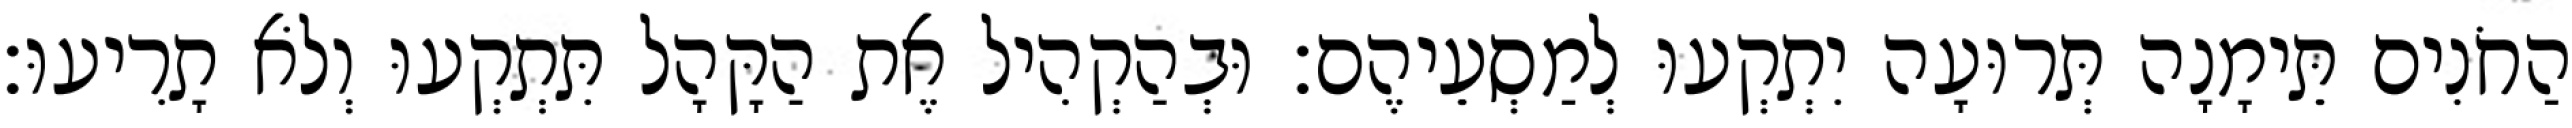
הַחֹנִים תֵּימָנָה תְּרוּעָה יִתְקְעוּ לְמַסְעֵיהֶם׃ וּבְהַקְהִיל אֶת הַקָּהָל תִּתְקְעוּ וְלֹא תָרִיעוּ׃